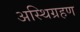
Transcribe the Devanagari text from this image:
अस्थिग्रहण